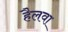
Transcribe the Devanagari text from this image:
हैलवा